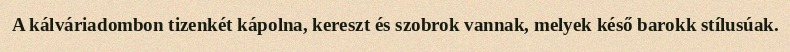
A kálváriadombon tizenkét kápolna, kereszt és szobrok vannak, melyek késő barokk stílusúak.